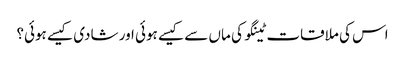
اس کی ملاقات ٹینگو کی ماں سے کیسے ہوئی اور شادی کیسے ہوئی؟